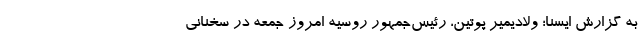
به گزارش ایسنا؛ ولادیمیر پوتین، رئیس‌جمهور روسیه امروز جمعه در سخنانی